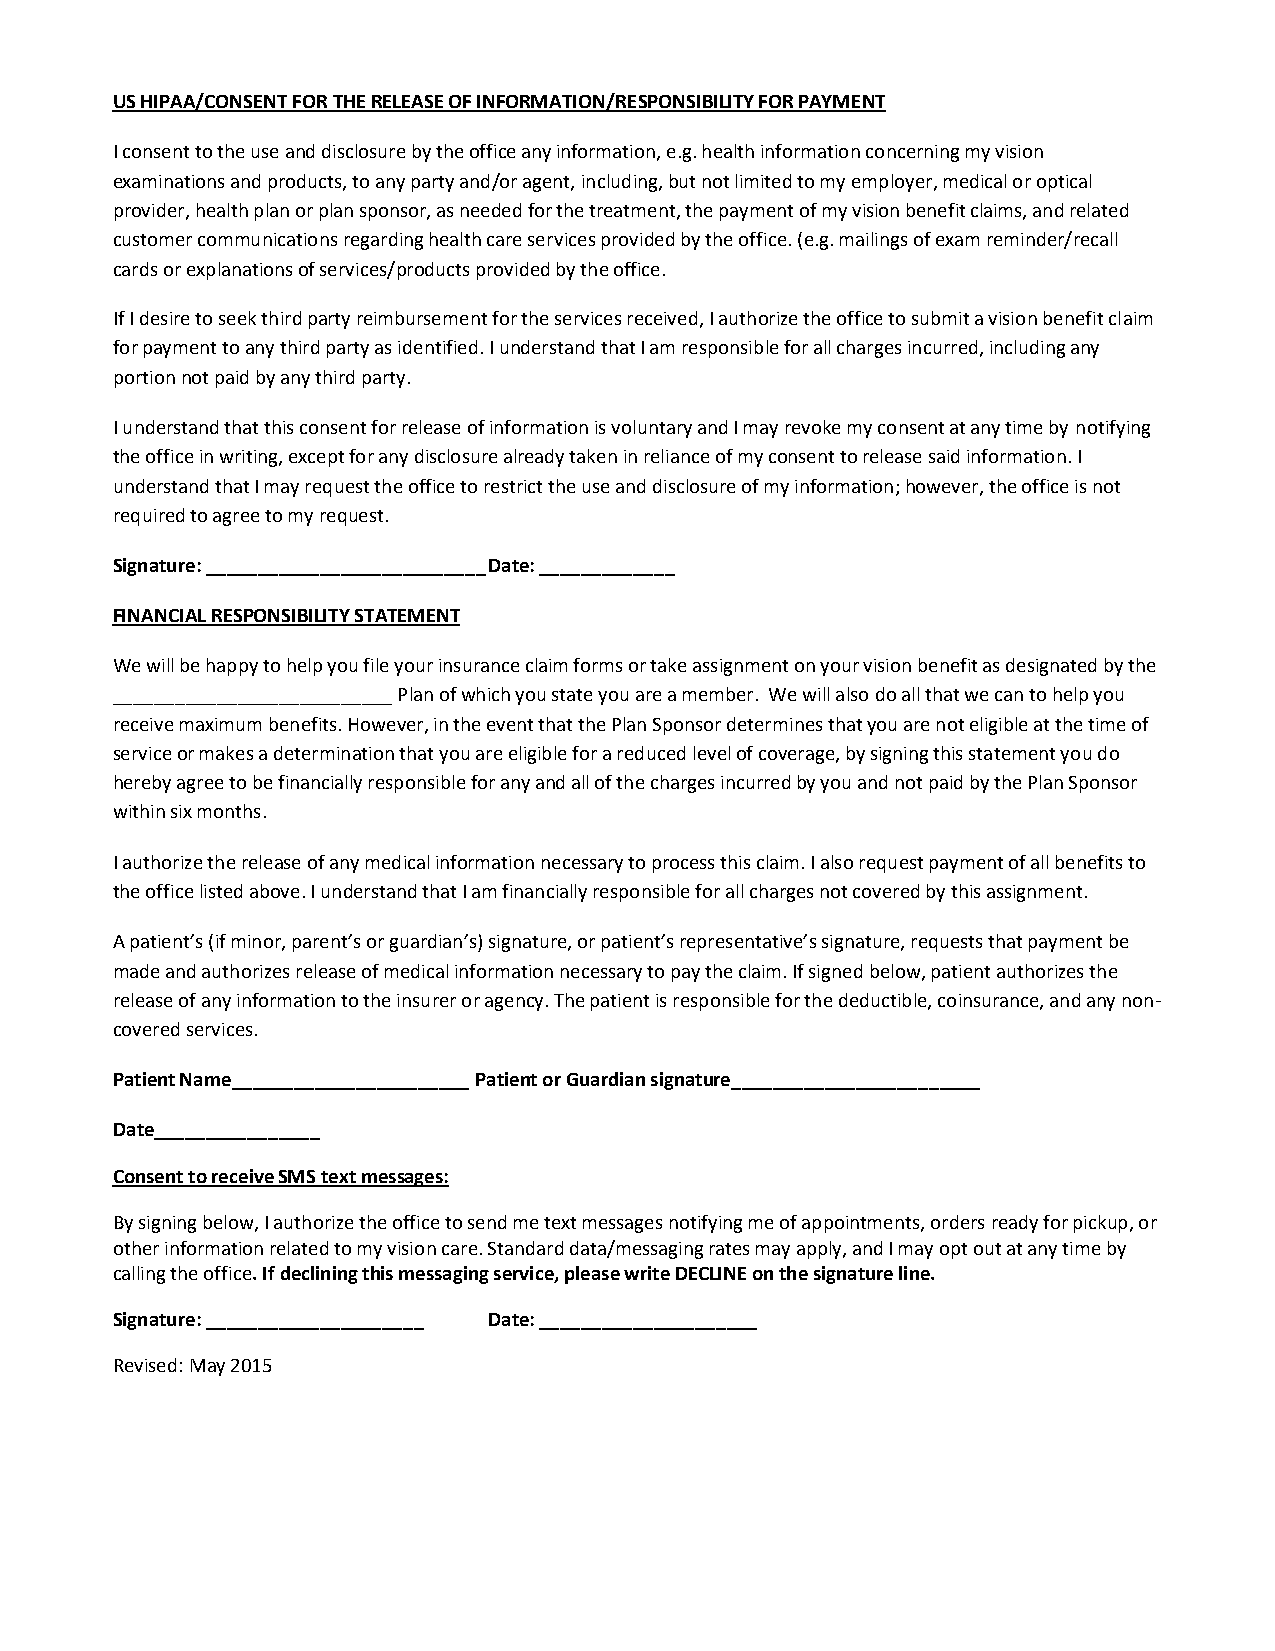
US HIPAA/CONSENT FOR THE RELEASE OF INFORMATION/RESPONSIBILITY FOR PAYMENT
 I consent to the use and disclosure by the office any information, e.g. health information concerning my vision
 examinations and products, to any party and/or agent, including, but not limited to my employer, medical or optical
 provider, health plan or plan sponsor, as needed for the treatment, the payment of my vision benefit claims, and related
 customer communications regarding health care services provided by the office. (e.g. mailings of exam reminder/recall
 cards or explanations of services/products provided by the office.
 If I desire to seek third party reimbursement for the services received, I authorize the office to submit a vision benefit claim
 for payment to any third party as identified. I understand that I am responsible for all charges incurred, including any
 portion not paid by any third party.
 I understand that this consent for release of information is voluntary and I may revoke my consent at any time by notifying
 the office in writing, except for any disclosure already taken in reliance of my consent to release said information. I
 understand that I may request the office to restrict the use and disclosure of my information; however, the office is not
 required to agree to my request.
 Signature: ___________________________ Date: _____________
 FINANCIAL RESPONSIBILITY STATEMENT
 We will be happy to help you file your insurance claim forms or take assignment on your vision benefit as designated by the
 ___________________________ Plan of which you state you are a member. We will also do all that we can to help you
 receive maximum benefits. However, in the event that the Plan Sponsor determines that you are not eligible at the time of
 service or makes a determination that you are eligible for a reduced level of coverage, by signing this statement you do
 hereby agree to be financially responsible for any and all of the charges incurred by you and not paid by the Plan Sponsor
 within six months.
 I authorize the release of any medical information necessary to process this claim. I also request payment of all benefits to
 the office listed above. I understand that I am financially responsible for all charges not covered by this assignment.
 A patient’s (if minor, parent’s or guardian’s) signature, or patient’s representative’s signature, requests that payment be
 made and authorizes release of medical information necessary to pay the claim. If signed below, patient authorizes the
 release of any information to the insurer or agency. The patient is responsible for the deductible, coinsurance, and any non-
 covered services.
 Patient Name_______________________ Patient or Guardian signature________________________
 Date________________
 Consent to receive SMS text messages:
 By signing below, I authorize the office to send me text messages notifying me of appointments, orders ready for pickup, or
 other information related to my vision care. Standard data/messaging rates may apply, and I may opt out at any time by
 calling the office. If declining this messaging service, please write DECLINE on the signature line.
 Signature: _____________________ Date: _____________________
 Revised: May 2015